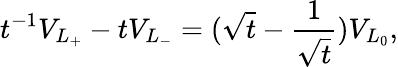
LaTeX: t^{-1}V_{L_{+}}-tV_{L_{-}}=(\sqrt{t}-\frac{1}{\sqrt{t}})V_{L_{0}},